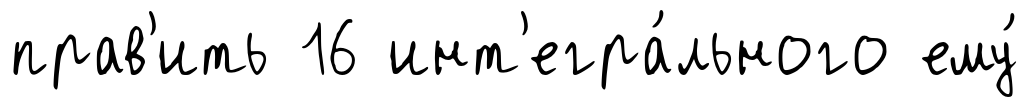
прав'ить 16 инт'егра́льного ему́